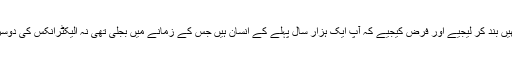
ایک لمحے کے لیے آنکھیں بند کر لیجیے اور فرض کیجیے کہ آپ ایک ہزار سال پہلے کے انسان ہیں جس کے زمانے میں بجلی تھی نہ الیکٹرانکس کی دوسری ایجادات موجود تھیں۔